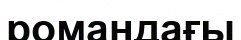
романдағы